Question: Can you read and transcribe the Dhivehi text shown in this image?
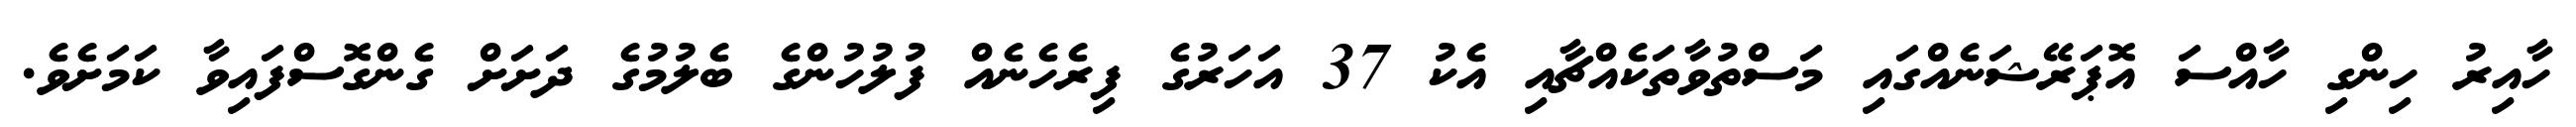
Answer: ހާއިރު ހިންގި ހާއްސަ އޮޕަރޭޝަނެއްގައި މަސްތުވާތަކެއްޗާއި އެކު 37 އަހަރުގެ ފިރެހެނެއް ފުލުހުންގެ ބެލުމުގެ ދަށަށް ގެންގޮސްފައިވާ ކަމަށެވެ.